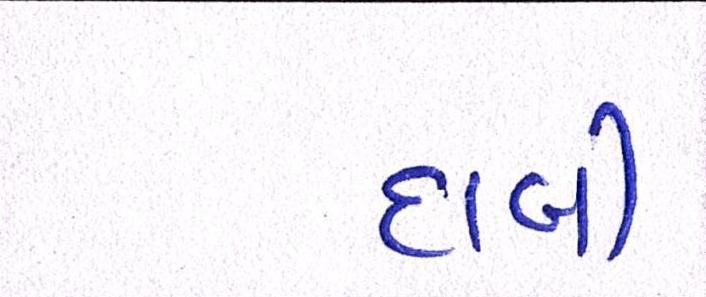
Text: દાબી